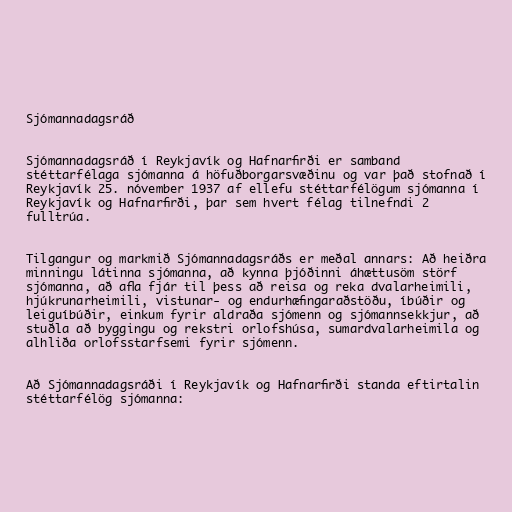
Sjómannadagsráð

Sjómannadagsráð í Reykjavík og Hafnarfirði er samband
stéttarfélaga sjómanna á höfuðborgarsvæðinu og var það stofnað í
Reykjavík 25. nóvember 1937 af ellefu stéttarfélögum sjómanna í
Reykjavík og Hafnarfirði, þar sem hvert félag tilnefndi 2
fulltrúa.

Tilgangur og markmið Sjómannadagsráðs er meðal annars: Að heiðra
minningu látinna sjómanna, að kynna þjóðinni áhættusöm störf
sjómanna, að afla fjár til þess að reisa og reka dvalarheimili,
hjúkrunarheimili, vistunar- og endurhæfingaraðstöðu, íbúðir og
leiguíbúðir, einkum fyrir aldraða sjómenn og sjómannsekkjur, að
stuðla að byggingu og rekstri orlofshúsa, sumardvalarheimila og
alhliða orlofsstarfsemi fyrir sjómenn.

Að Sjómannadagsráði í Reykjavík og Hafnarfirði standa eftirtalin
stéttarfélög sjómanna: